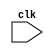
module Timing_control_block (
    input wire clk,
    // Add any additional inputs needed
    
    // Add any output signals needed
);

// Add your code here

endmodule